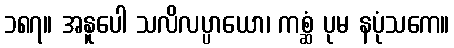
၁၈၇။ အနူပေါ သလိလပ္ပာယော၊ ကစ္ဆံ ပုမ နပုံသကေ။